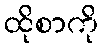
ထိုစာကို